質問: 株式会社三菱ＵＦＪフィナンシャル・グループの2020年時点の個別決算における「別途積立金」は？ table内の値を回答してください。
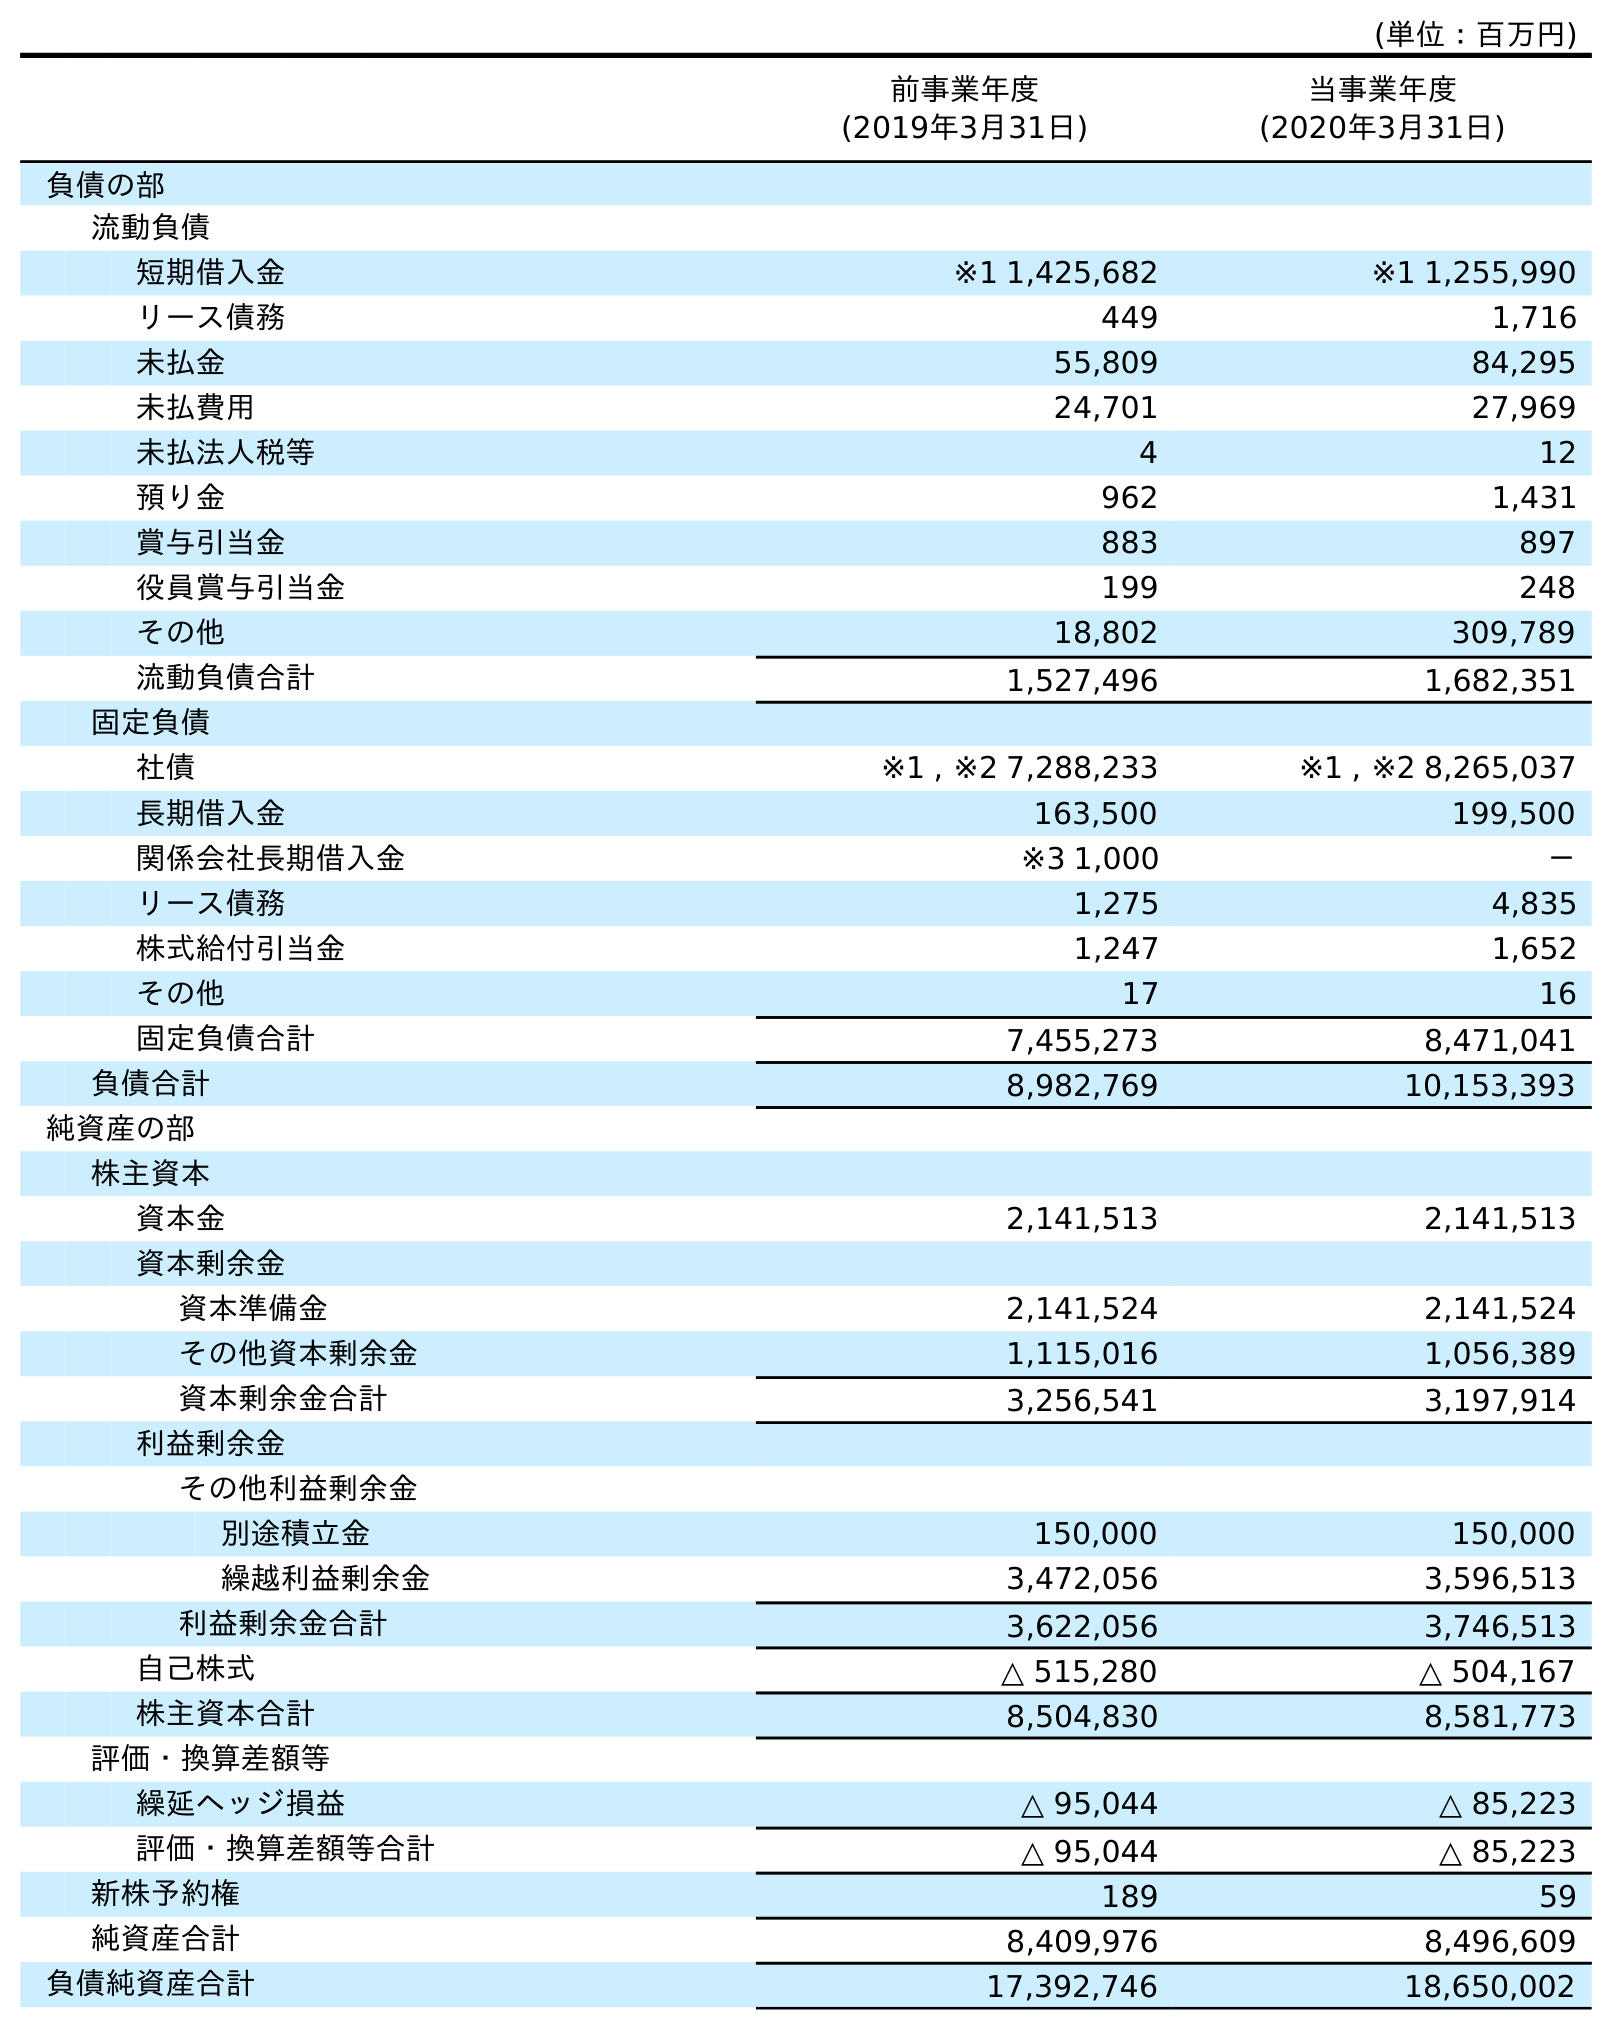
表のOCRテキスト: (単位：百万円) 前事業年度 (2019年3月31日) 当事業年度 (2020年3月31日) 負債の部 流動負債 短期借入金 ※1 1,425,682 ※1 1,255,990 リース債務 449 1,716 未払金 55,809 84,295 未払費用 24,701 27,969 未払法人税等 4 12 預り金 962 1,431 賞与引当金 883 897 役員賞与引当金 199 248 その他 18,802 309,789 流動負債合計 1,527,496 1,682,351 固定負債 社債 ※1 , ※2 7,288,233 ※1 , ※2 8,265,037 長期借入金 163,500 199,500 関係会社長期借入金 ※3 1,000 － リース債務 1,275 4,835 株式給付引当金 1,247 1,652 その他 17 16 固定負債合計 7,455,273 8,471,041 負債合計 8,982,769 10,153,393 純資産の部 株主資本 資本金 2,141,513 2,141,513 資本剰余金 資本準備金 2,141,524 2,141,524 その他資本剰余金 1,115,016 1,056,389 資本剰余金合計 3,256,541 3,197,914 利益剰余金 その他利益剰余金 別途積立金 150,000 150,000 繰越利益剰余金 3,472,056 3,596,513 利益剰余金合計 3,622,056 3,746,513 自己株式 △ 515,280 △ 504,167 株主資本合計 8,504,830 8,581,773 評価・換算差額等 繰延ヘッジ損益 △ 95,044 △ 85,223 評価・換算差額等合計 △ 95,044 △ 85,223 新株予約権 189 59 純資産合計 8,409,976 8,496,609 負債純資産合計 17,392,746 18,650,002
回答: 150,000